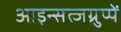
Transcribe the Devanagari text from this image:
आइन्सत्जग्रुप्पें